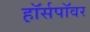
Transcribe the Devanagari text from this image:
ह़ॉर्सपॉवर